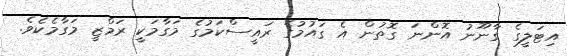
އިޓަލީގެ ގާނޫނު އޮންނަ ގޮތުން އެ ގައުމުގެ ރައީސްކަމުގެ މަގާމަކީ ރަމްޒީ މަގާމެކެވެ.